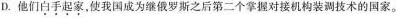
D. 他们白手起家，使我国成为继俄罗斯之后第二个掌握对接机构装调技术的国家。